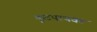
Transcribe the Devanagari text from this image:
फूटपाथवर